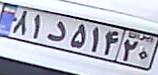
۸۱د۵۱۴۲۰